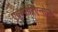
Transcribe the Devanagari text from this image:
एक्स्पीरिएन्सेज़